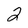
Character: 2